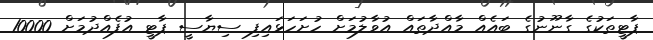
ޕާޓީތަކުގެ ގާނޫނުގެ ބައެއް މާއްދާތައް އުވާލުމަށް ހުށަހަޅައިފި ސިޔާސީ ޕާޓީ އުފެއްދުމަށް 10000